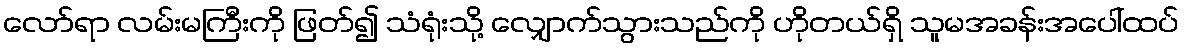
လော်ရာ လမ်းမကြီးကို ဖြတ်၍ သံရုံးသို့ လျှောက်သွားသည်ကို ဟိုတယ်ရှိ သူမအခန်းအပေါ်ထပ်